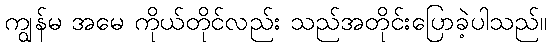
ကျွန်မ အမေ ကိုယ်တိုင်လည်း သည်အတိုင်းပြောခဲ့ပါသည်။